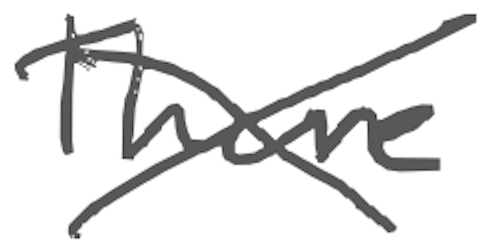
Text: There
Cross-out: cross
Writing tool: digital_gray